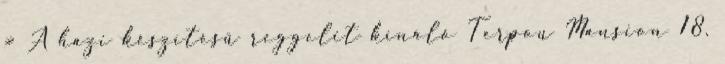
» A házi készítésű reggelit kínáló Terpou Mansion 18.